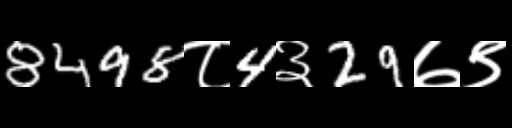
Text: 8498८4३29७९